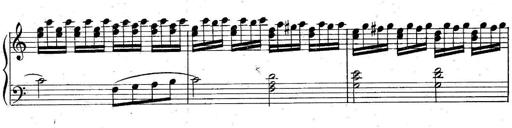
Title: 6 Easy Sonatinas
Composer: Carl Czerny